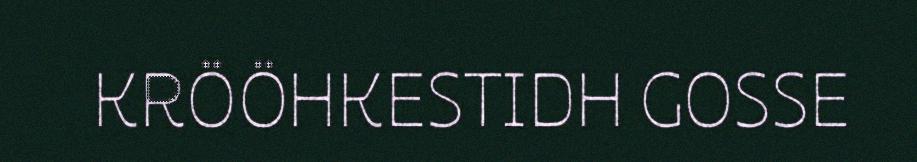
KRÖÖHKESTIDH GOSSE